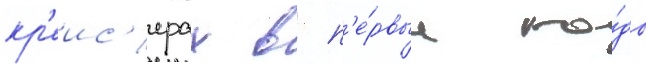
кр'еис'ерах в п'е́рвые го́ды